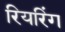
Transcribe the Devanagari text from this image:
रियरिंग